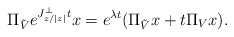
\begin{align*} \Pi_{\tilde{V}} e^{J_{z/|z|}^\perp t} x = e^{\lambda t}(\Pi_{\tilde{V}}x + t\Pi_{V} x).\end{align*}